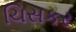
ચિસકર